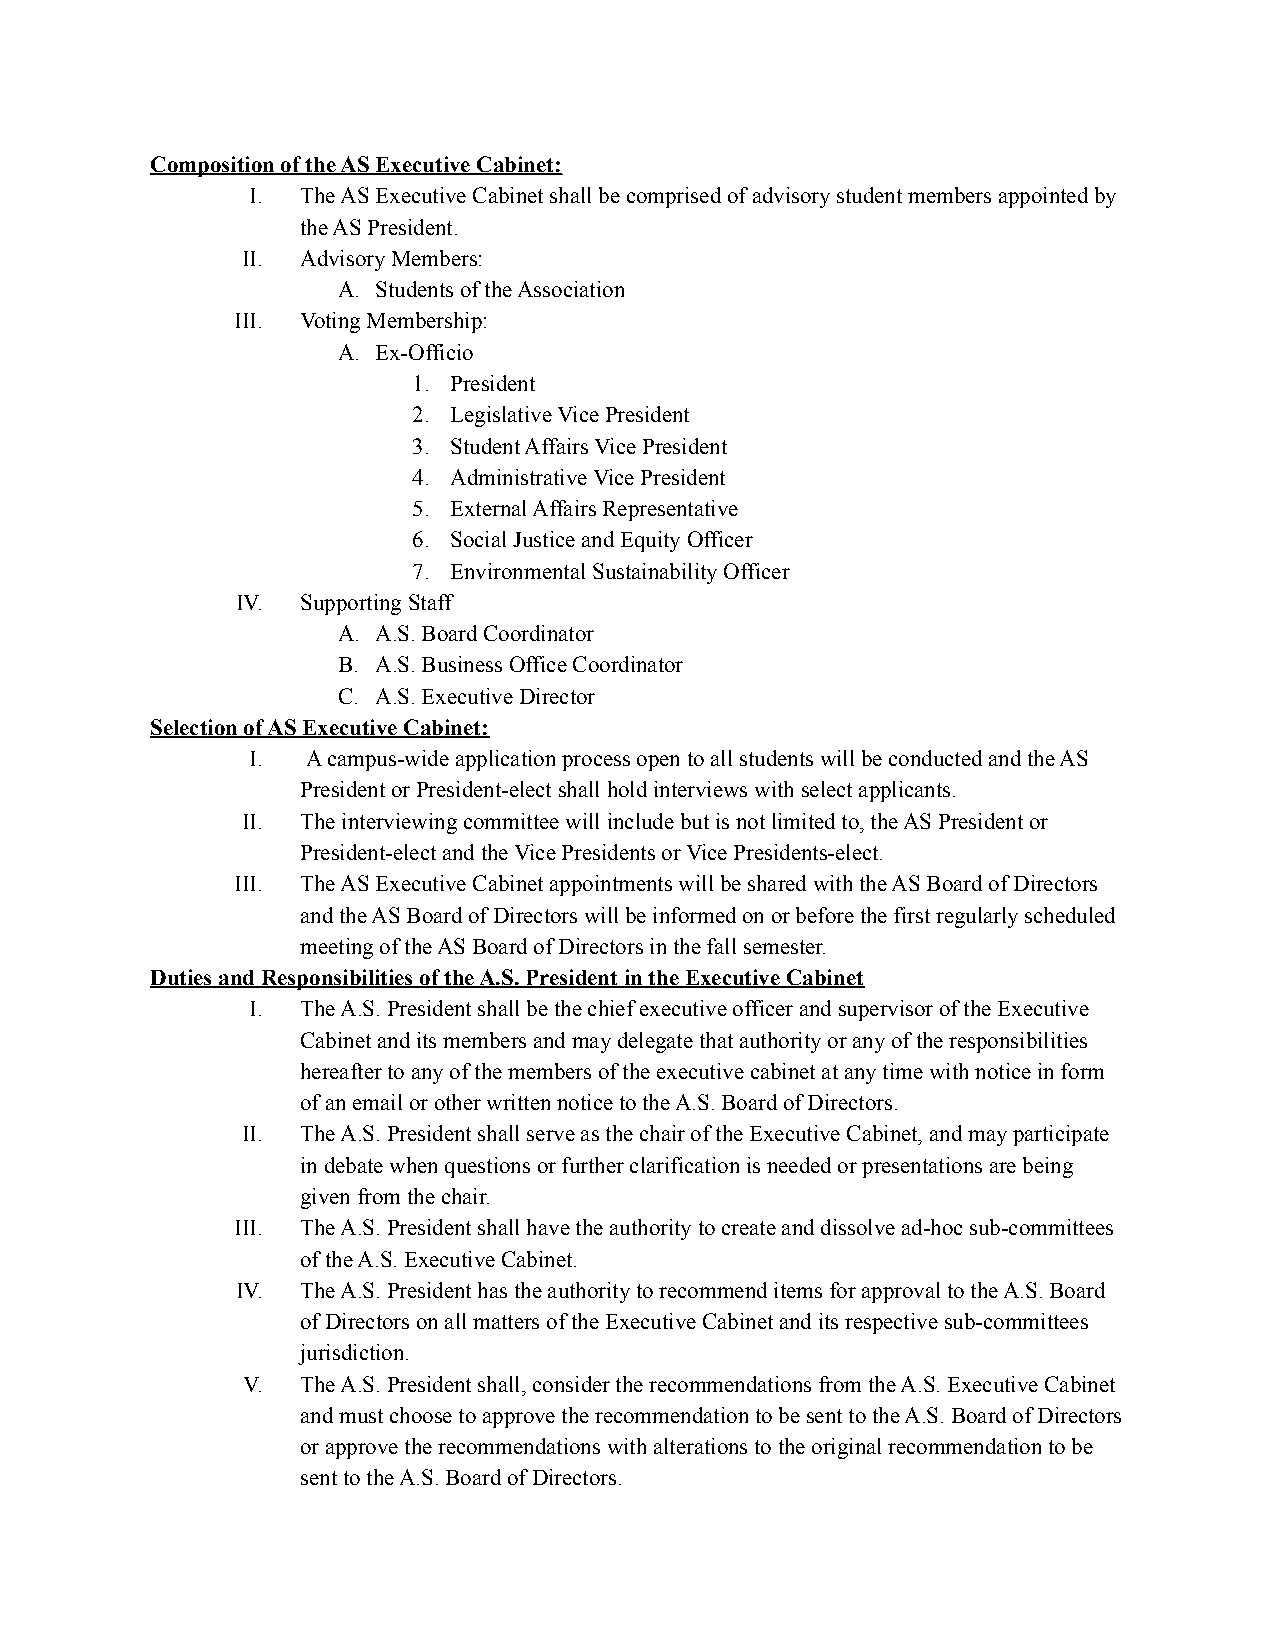
Composition of the AS Executive Cabinet:
 I.  The AS Executive Cabinet shall be comprised of advisory student members appointed by
 the AS President.
 II. Advisory Members:
 A. Students of the Association
 III. Voting Membership:
 A. Ex-Officio
 1. President
 2. Legislative Vice President
 3. Student Affairs Vice President
 4. Administrative Vice President
 5. External Affairs Representative
 6. Social Justice and Equity Officer
 7. Environmental Sustainability Officer
 IV. Supporting Staff
 A. A.S. Board Coordinator
 B. A.S. Business Office Coordinator
 C. A.S. Executive Director
 Selection of AS Executive Cabinet:
 I.  A campus-wide application process open to all students will be conducted and the AS
 President or President-elect shall hold interviews with select applicants.
 II. The interviewing committee will include but is not limited to, the AS President or
 President-elect and the Vice Presidents or Vice Presidents-elect.
 III. The AS Executive Cabinet appointments will be shared with the AS Board of Directors
 and the AS Board of Directors will be informed on or before the first regularly scheduled
 meeting of the AS Board of Directors in the fall semester.
 Duties and Responsibilities of the A.S. President in the Executive Cabinet
 I.  The A.S. President shall be the chief executive officer and supervisor of the Executive
 Cabinet and its members and may delegate that authority or any of the responsibilities
 hereafter to any of the members of the executive cabinet at any time with notice in form
 of an email or other written notice to the A.S. Board of Directors.
 II. The A.S. President shall serve as the chair of the Executive Cabinet, and may participate
 in debate when questions or further clarification is needed or presentations are being
 given from the chair.
 III. The A.S. President shall have the authority to create and dissolve ad-hoc sub-committees
 of the A.S. Executive Cabinet.
 IV. The A.S. President has the authority to recommend items for approval to the A.S. Board
 of Directors on all matters of the Executive Cabinet and its respective sub-committees
 jurisdiction.
 V.  The A.S. President shall, consider the recommendations from the A.S. Executive Cabinet
 and must choose to approve the recommendation to be sent to the A.S. Board of Directors
 or approve the recommendations with alterations to the original recommendation to be
 sent to the A.S. Board of Directors.